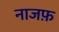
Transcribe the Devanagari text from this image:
नाजफ़